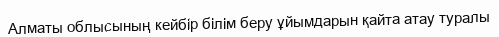
Алматы облысының кейбір білім беру ұйымдарын қайта атау туралы